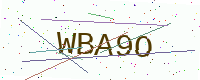
Text: WBA9O